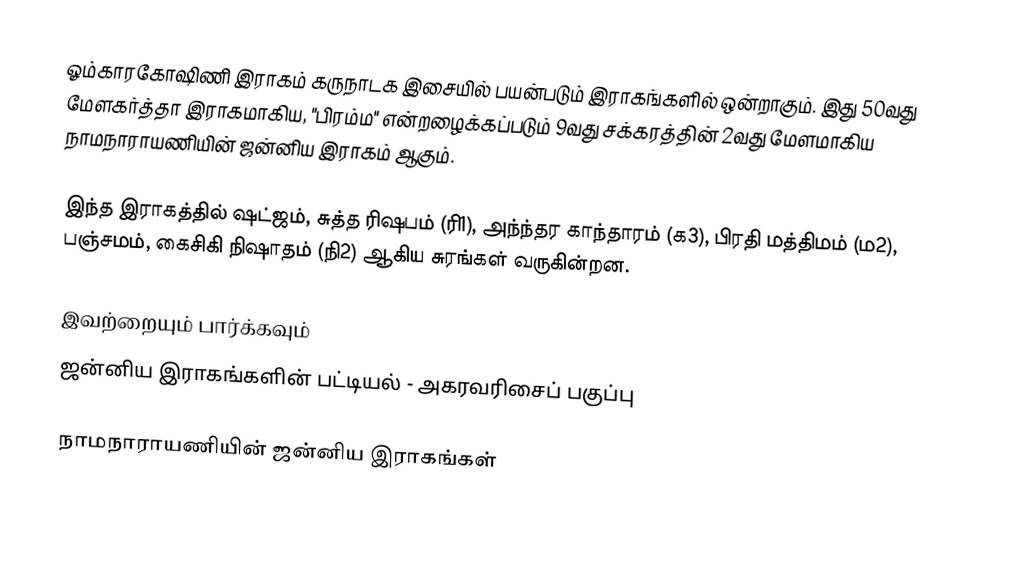
ஓம்காரகோஷிணி இராகம் கருநாடக இசையில் பயன்படும் இராகங்களில் ஒன்றாகும். இது 50வது மேளகர்த்தா இராகமாகிய, "பிரம்ம" என்றழைக்கப்படும் 9வது சக்கரத்தின் 2வது மேளமாகிய நாமநாராயணியின் ஜன்னிய இராகம் ஆகும்.

இந்த இராகத்தில் ஷட்ஜம், சுத்த ரிஷபம் (ரி1),  அந்ந்தர காந்தாரம் (க3), பிரதி மத்திமம் (ம2), பஞ்சமம், கைசிகி நிஷாதம்  (நி2) ஆகிய சுரங்கள் வருகின்றன.

இவற்றையும் பார்க்கவும்
 ஜன்னிய இராகங்களின் பட்டியல் - அகரவரிசைப் பகுப்பு

நாமநாராயணியின் ஜன்னிய இராகங்கள்